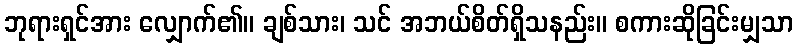
ဘုရားရှင်အား လျှောက်၏။ ချစ်သား၊ သင် အဘယ်စိတ်ရှိသနည်း။ စကားဆိုခြင်းမျှသာ